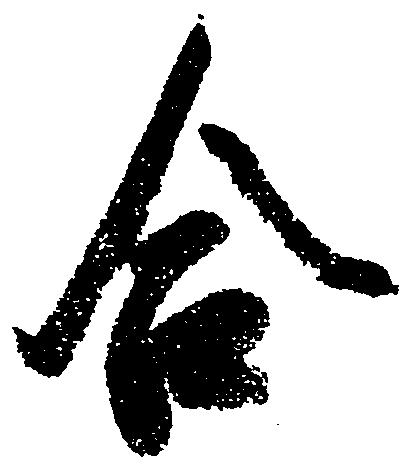
合